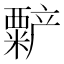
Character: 𬡻